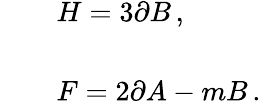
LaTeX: \begin{array}{rcl}{{}}&{{}}&{{H=3\partial B\, ,}}\\ {{}}&{{}}&{{}}\\ {{}}&{{}}&{{F=2\partial A-mB\, .}}\end{array}